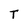
Character: T